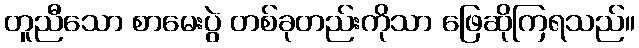
တူညီသော စာမေးပွဲ တစ်ခုတည်းကိုသာ ဖြေဆိုကြရသည်။